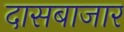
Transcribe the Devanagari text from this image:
दासबाजार